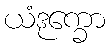
ယံဒုက္ခော